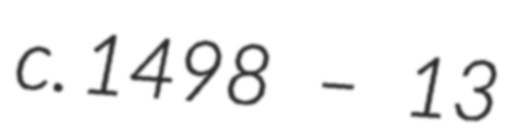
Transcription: c. 1498 – 13